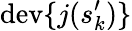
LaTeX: \mathrm{dev}\{ j(s_{k}^{\prime})\}